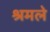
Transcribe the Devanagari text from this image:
श्रमले